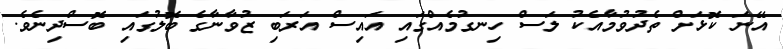
އޭނަ ކޮޅަށް ތެދުވުމާއެކު ލަސް ހިނގުމެއްގައި އައިސް އަރަބި ޒުވާނާގެ ބޮލުގައި ބޮސްދިނެވެ.